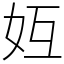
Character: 𪥦